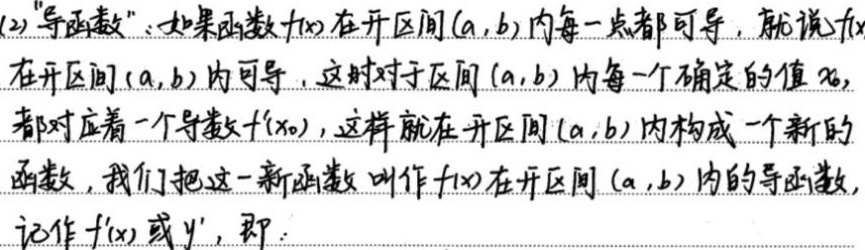
(2) “导函数”：如果函数 \(f(x)\) 在开区间 \((a,b)\) 内每一点都可导，就说 \(f(x)\) 在开区间 \((a,b)\) 内可导。这时对于区间 \((a,b)\) 内每一个确定的值 \(x_0\)，都对应着一个导数 \(f'(x_0)\)，这样就在开区间 \((a,b)\) 内构成一个新的函数，我们把这一新函数叫作 \(f(x)\) 在开区间 \((a,b)\) 内的导函数，记作 \(f'(x)\) 或 \(y'\)，即：